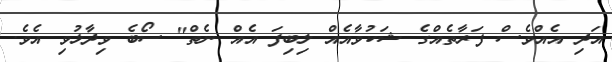
އަދި އެއްވެސް ފަރާތެއްގެ ޝަކުވާއެއް ލިބިފަ އެއް ނެތް" ސޯބެ ވިދާޅުވި އެވެ.